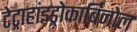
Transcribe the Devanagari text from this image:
टेट्राहांइड्रोकार्बिनोल